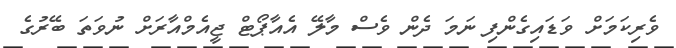
ވެރިކަމަށް ވަޑައިގެންފި ނަމަ ދެން ވެސް މާލޭ އެއާޕޯޓް ޖީއެމްއާރަށް ނުވަތަ ބޭރުގެ